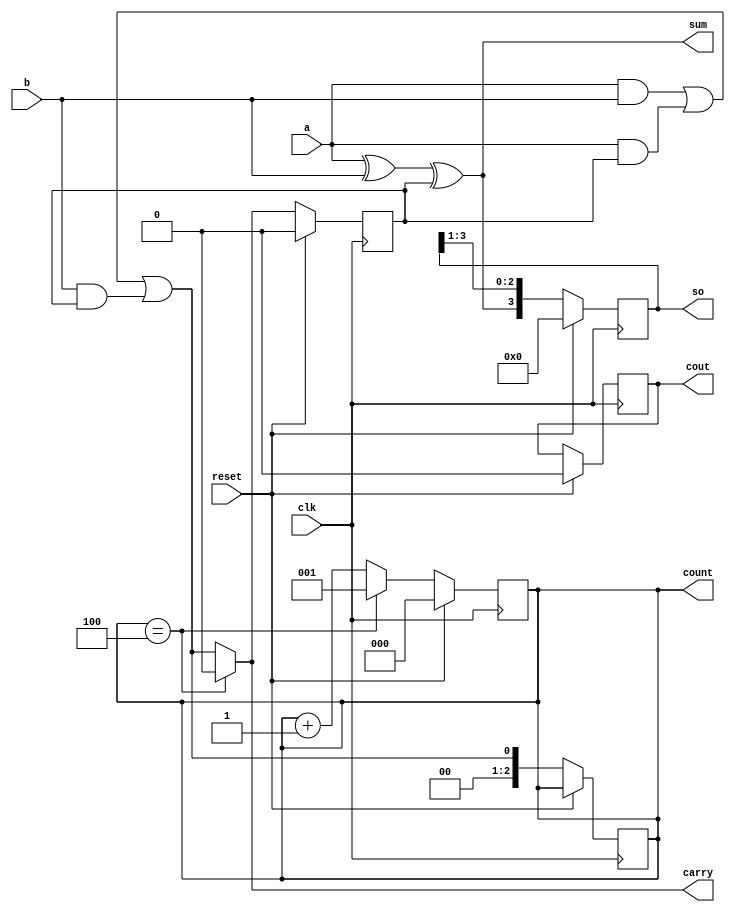
module jserialaddlab(a, b , clk, reset, sum, carry, cout, count, so);
  input clk, reset, a, b;
  output sum, carry;
  reg cin;
  output reg [3:0] so;
  output reg [2:0] count;
  output reg cout;
  wire cut;
  assign sum = a^b^cin;
  assign carry = (count == 3'd4) ? 0 : cut;
  assign cut = (a&b) | (a&cin) | (b&cin);
  always@(posedge clk)
  begin
    if(reset)
      cin <= 0;
    else
      cin <= carry;
  end
  always@(posedge clk)
  begin
    if(reset)
      cout <= 0;
    else
      count <= cut;
  end
  always@(posedge clk)
  begin
    if(reset)
      so <= 0;
    else
      so <= {sum, so[3:1]};
  end
  always@(posedge clk)
  begin
    if(reset)
      count <= 0;
    else
      count <= (count ==4) ? 1 : count+1;
  end
endmodule